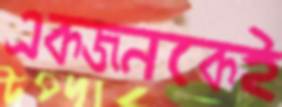
একজনকেই